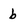
Character: b